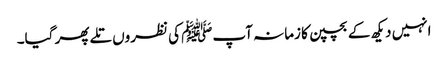
انہیں دیکھ کے بچپن کا زمانہ آپﷺ کی نظروں تلے پھر گیا۔